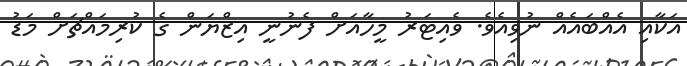
އަކާއި އެއްބައެއް ނުވިއެވެ. ވެއިޓަރު މީހާއަށް ފެނުނީ އިޒްޔަން ގެ ކުރިމައްޗަށް މަޑު